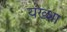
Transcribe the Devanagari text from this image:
यख़्शा